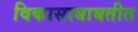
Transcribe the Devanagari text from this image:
विकासाबाबतीत